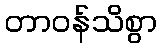
တာဝန်သိစွာ